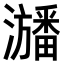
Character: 𤃃